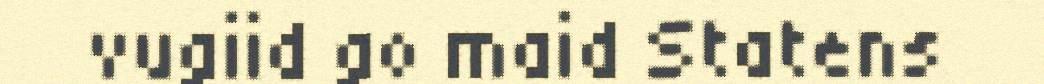
vugiid go maid Statens